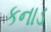
કનાડ